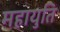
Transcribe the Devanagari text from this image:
महायुति